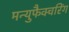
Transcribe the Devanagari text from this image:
मन्युफैक्चरिंग